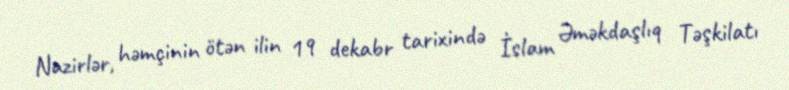
Nazirlər, həmçinin ötən ilin 19 dekabr tarixində İslam Əməkdaşlıq Təşkilatı